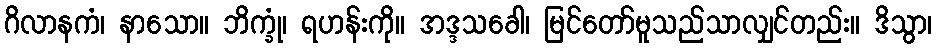
ဂိလာနကံ၊ နာသော။ ဘိက္ခုံ၊ ရဟန်းကို။ အဒ္ဒသခေါ၊ မြင်တော်မူသည်သာလျှင်တည်း။ ဒိသွာ၊